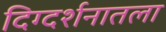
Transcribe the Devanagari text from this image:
दिग्दर्शनातला